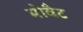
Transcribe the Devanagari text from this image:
मोवैट